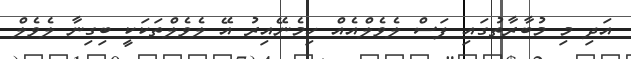
އަދި މި މުބާރާތުގައި ފަސް ލެވެލްއެއް ހިމެނޭއިރު އޭ ލެވެލްތަކަކީ ބިގިނާ ލެވެލް